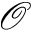
\mathcal { O }